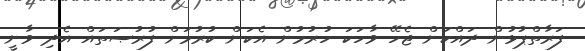
ފަރާތްޕުޅުން ދައްކަން ޖެހޭ ވާހަކަ ހުރުމުން އެކަން ކުރުމަށް ފުރުޞަތައް އެދި ވާނީ